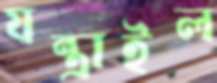
যন্ত্রাইল